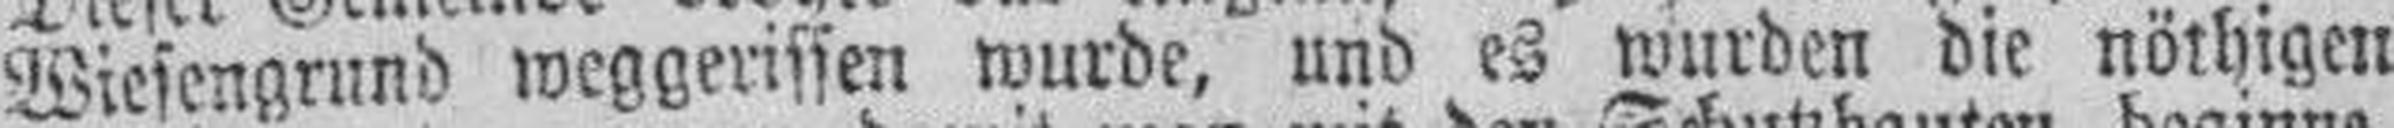
Wiesengrund weggerissen wurde, und es wurden die nöthigen